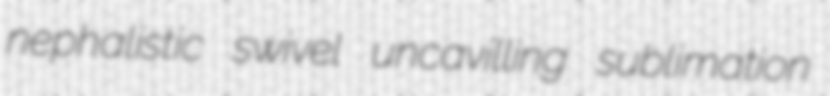
nephalistic swivel uncavilling sublimation